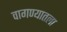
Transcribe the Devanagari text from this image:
वागण्यातला